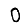
Digit: 0